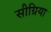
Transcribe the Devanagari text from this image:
सीग्रिया